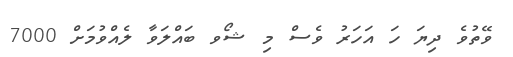
ވޭތުވެ ދިޔަ ހަ އަހަރު ވެސް މި ޝޯވ ބައްލަވާ ލެއްވުމަށް 7000